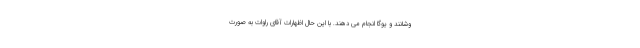
وشانند و یوگا انجام می دهند. با این حال اظهارات آقای راوات به صورت